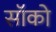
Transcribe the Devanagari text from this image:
सॉको